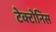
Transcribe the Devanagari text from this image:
टेक्टोनिस